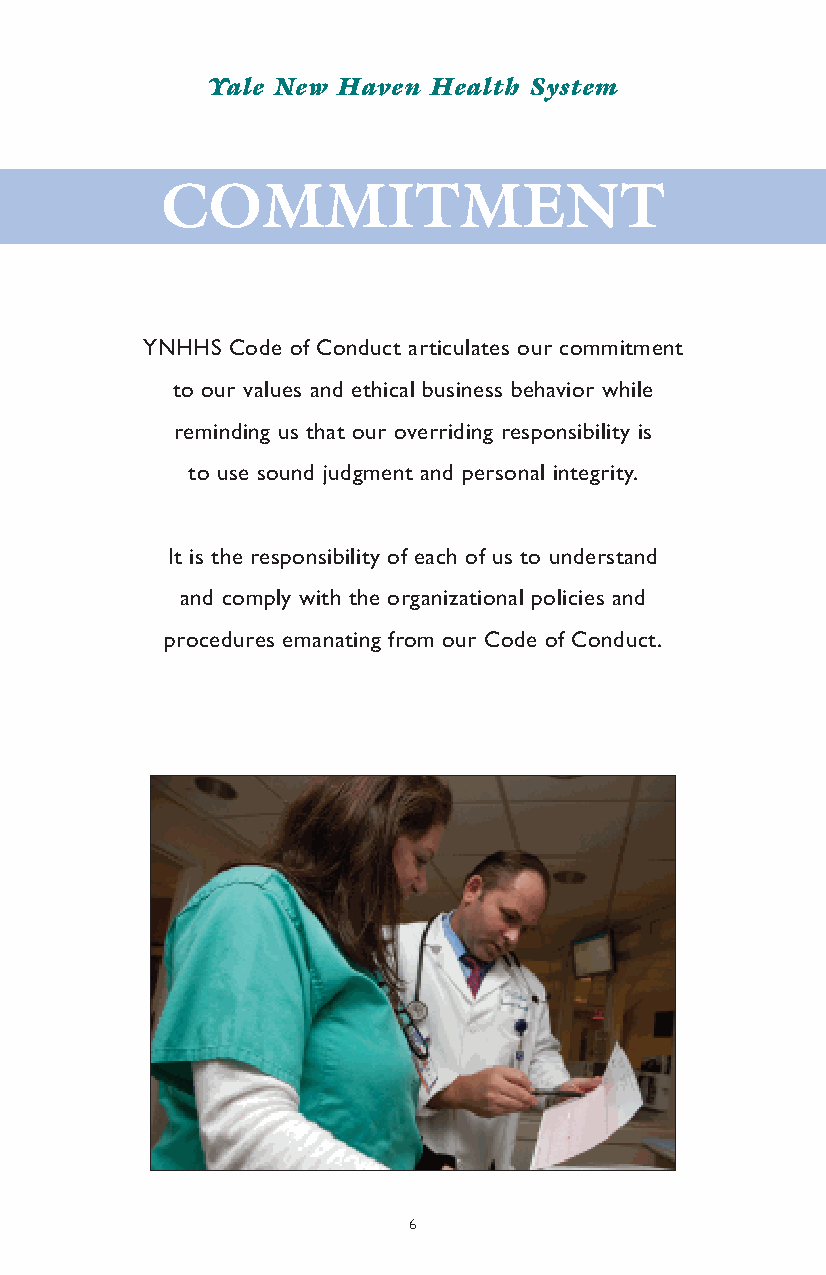
Yale New Haven Health System
 COMMITMENT
 YNHHS Code of Conduct articulates our commitment
 to our values and ethical business behavior while
 reminding us that our overriding responsibility is
 to use sound judgment and personal integrity.
 It is the responsibility of each of us to understand
 and comply with the organizational policies and
 procedures emanating from our Code of Conduct.
 6